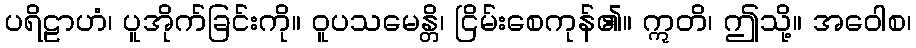
ပရိဠာဟံ၊ ပူအိုက်ခြင်းကို။ ဝူပသမေန္တိ၊ ငြိမ်းစေကုန်၏။ ဣတိ၊ ဤသို့။ အဝေါစ၊